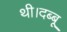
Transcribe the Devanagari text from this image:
थी।दब्बू